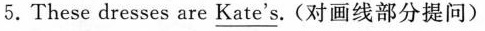
5.These dresses are \underline{Kate's}.(对画线部分提问)